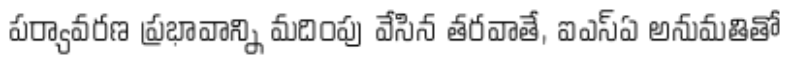
పర్యావరణ ప్రభావాన్ని మదింపు వేసిన తరవాతే, ఐఎస్ఏ అనుమతితో